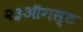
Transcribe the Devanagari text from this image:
२३ऑगस्ट